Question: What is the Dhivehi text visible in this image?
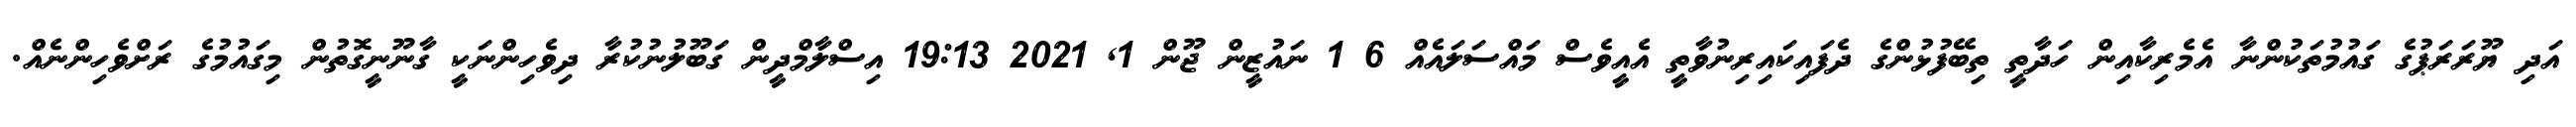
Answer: އަދި ޔޫރަރަޕުގެ ގައުމުތަކުންނާ އެމެރިކާއިން ހަދާތީ ތިބޭފުޅުންގެ ދެފައިކައިރިނުވާތީ އެއީވެސް މައްސަލައެއް 6 1 ނައުޒީން ޖޫން 1, 2021 19:13 އިސްލާމްދީން ގަބޫލުނުކުރާ ދިވެހިންނަކީ ގާނޫނީގޮތުން މިގައުމުގެ ރަށްވެހިންނެއް.